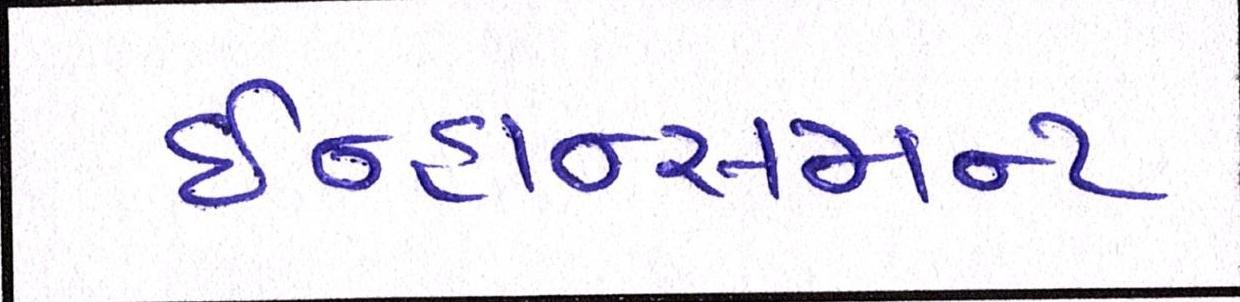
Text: ઇન્હાન્સમન્ટ